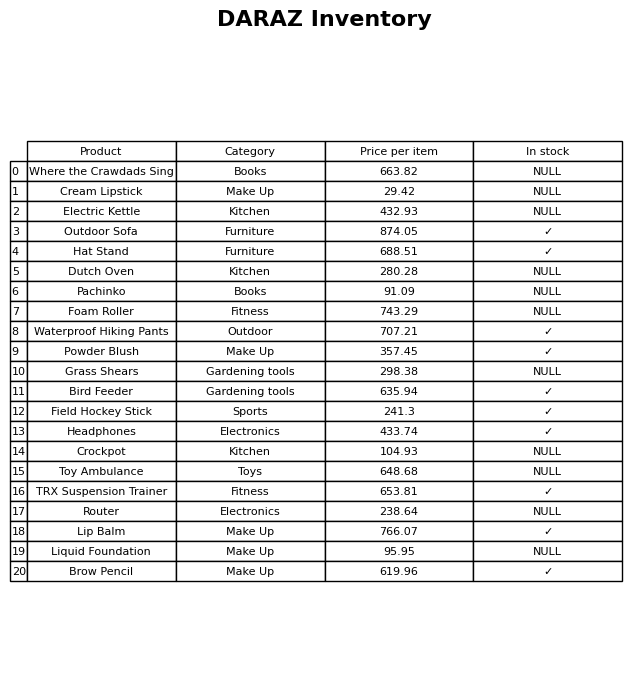
question: What is the price of the Hat Stand?
answer: The price of Hat Stand is 688.51.